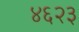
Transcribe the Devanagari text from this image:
४६२३